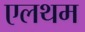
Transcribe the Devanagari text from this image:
एलथम